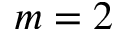
m = 2